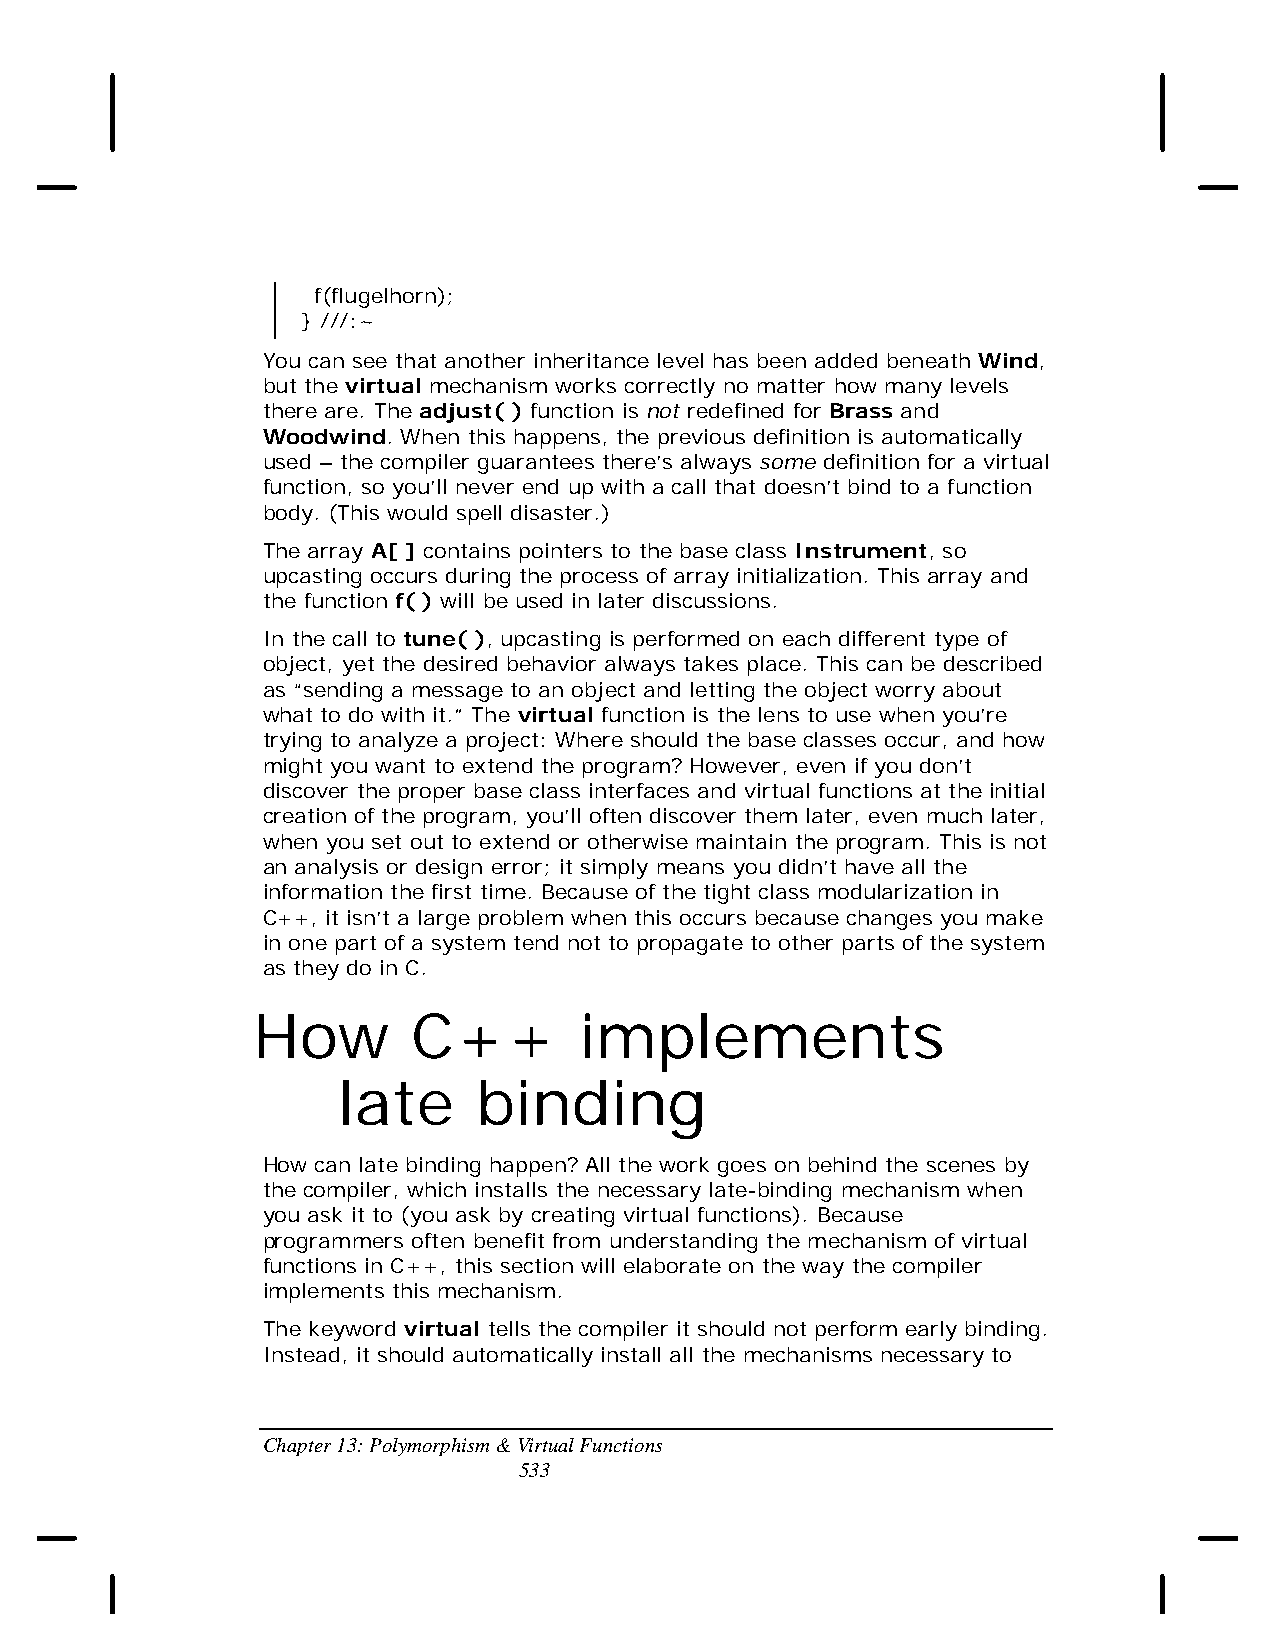
f(flugelhorn);
 } ///:~
 You can see that another inheritance level has been added beneath Wind,
 but the virtual mechanism works correctly no matter how many levels
 there are. The adjust( ) function is not redefined for Brass and
 Woodwind. When this happens, the previous definition is automatically
 used – the compiler guarantees there’s always some definition for a virtual
 function, so you’ll never end up with a call that doesn’t bind to a function
 body. (This would spell disaster.)
 The array A[ ] contains pointers to the base class Instrument, so
 upcasting occurs during the process of array initialization. This array and
 the function f( ) will be used in later discussions.
 In the call to tune( ), upcasting is performed on each different type of
 object, yet the desired behavior always takes place. This can be described
 as “sending a message to an object and letting the object worry about
 what to do with it.” The virtual function is the lens to use when you’re
 trying to analyze a project: Where should the base classes occur, and how
 might you want to extend the program? However, even if you don’t
 discover the proper base class interfaces and virtual functions at the initial
 creation of the program, you’ll often discover them later, even much later,
 when you set out to extend or otherwise maintain the program. This is not
 an analysis or design error; it simply means you didn’t have all the
 information the first time. Because of the tight class modularization in
 C++, it isn’t a large problem when this occurs because changes you make
 in one part of a system tend not to propagate to other parts of the system
 as they do in C.
 How       C++        implements
 late      binding
 How can late binding happen? All the work goes on behind the scenes by
 the compiler, which installs the necessary late-binding mechanism when
 you ask it to (you ask by creating virtual functions). Because
 programmers often benefit from understanding the mechanism of virtual
 functions in C++, this section will elaborate on the way the compiler
 implements this mechanism.
 The keyword virtual tells the compiler it should not perform early binding.
 Instead, it should automatically install all the mechanisms necessary to
 Chapter 13: Polymorphism & Virtual Functions
 533